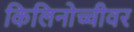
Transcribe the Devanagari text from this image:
किलिनोच्चीवर